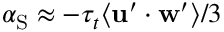
\alpha _ { \mathrm { S } } \approx - \tau _ { t } \langle \mathbf { u } ^ { \prime } \cdot \mathbf { w } ^ { \prime } \rangle / 3